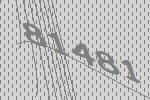
81481